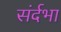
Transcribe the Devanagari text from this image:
संर्दभा